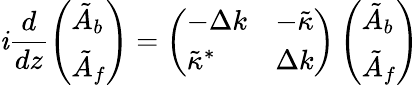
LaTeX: \mathit{i}\frac{{d}}{{dz}}\left(\begin{array}{l}{\tilde{A}_{b}}\\ {\tilde{A}_{f}}\end{array}\right)=\left(\begin{array}{ll}{-\Delta k}&{-\tilde{\kappa}}\\ {\tilde{\kappa}^{*}}&{\Delta k}\end{array}\right)\left(\begin{array}{l}{\tilde{A}_{b}}\\ {\tilde{A}_{f}}\end{array}\right)